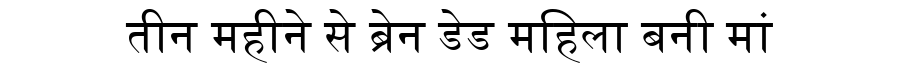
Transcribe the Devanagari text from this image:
तीन महीने से ब्रेन डेड महिला बनी मां